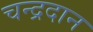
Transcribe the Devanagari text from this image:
चन्द्रदान